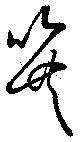
巽